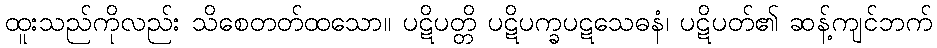
ထူးသည်ကိုလည်း သိစေတတ်ထသော။ ပဋိပတ္တိ ပဋိပက္ခပဋသေဓနံ၊ ပဋိပတ်၏ ဆန့်ကျင်ဘက်